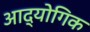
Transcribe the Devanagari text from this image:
आद्योगिक